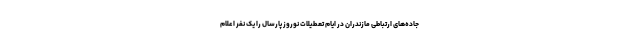
جاده‌های ارتباطی مازندران در ایام تعطیلات نوروز پارسال را یک نفر اعلام